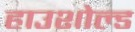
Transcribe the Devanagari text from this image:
हाउशोल्ड